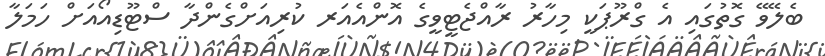
ބެލޭވޭ ގޮތުގައި އެ ގްރޫޕަކީ މިހާރު ރާއްޖެޓީވީގެ އޮންއެއަރ ކުރިއަށްގެންދާ ސްޓޫޑިއޯއަށް ހަމަލާ